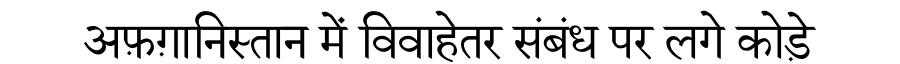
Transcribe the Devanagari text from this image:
अफ़ग़ानिस्तान में विवाहेतर संबंध पर लगे कोड़े